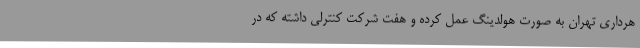
هرداری تهران به صورت هولدینگ عمل کرده و هفت شرکت کنترلی داشته که در